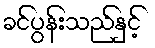
ခင်ပွန်းသည်နှင့်